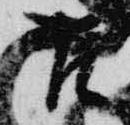
古